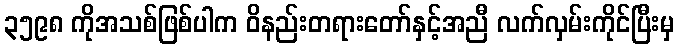
၃၅၉၈ ကိုအသစ်ဖြစ်ပါက ဝိနည်းတရားတော်နှင့်အညီ လက်လှမ်းကိုင်ပြီးမှ